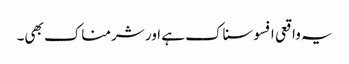
یہ واقعی افسوسناک ہے اور شرمناک بھی۔